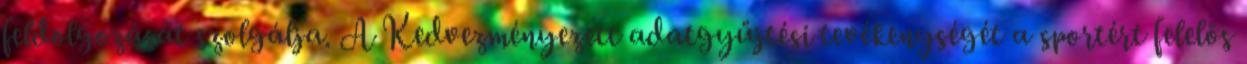
feldolgozását szolgálja. A Kedvezményezett adatgyűjtési tevékenységét a sportért felelős